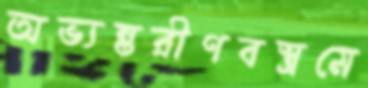
অভ্যন্তরীণবস্ত্রমে